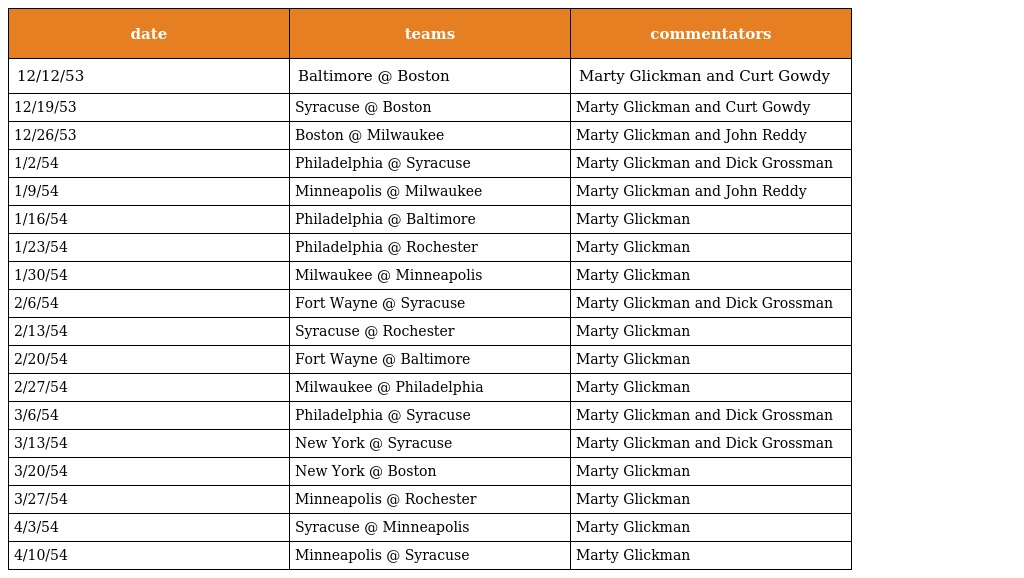
| date | teams | commentators |
 | --- | --- | --- |
 | 12/12/53 | Baltimore @ Boston | Marty Glickman and Curt Gowdy |
 | 12/19/53 | Syracuse @ Boston | Marty Glickman and Curt Gowdy |
 | 12/26/53 | Boston @ Milwaukee | Marty Glickman and John Reddy |
 | 1/2/54 | Philadelphia @ Syracuse | Marty Glickman and Dick Grossman |
 | 1/9/54 | Minneapolis @ Milwaukee | Marty Glickman and John Reddy |
 | 1/16/54 | Philadelphia @ Baltimore | Marty Glickman |
 | 1/23/54 | Philadelphia @ Rochester | Marty Glickman |
 | 1/30/54 | Milwaukee @ Minneapolis | Marty Glickman |
 | 2/6/54 | Fort Wayne @ Syracuse | Marty Glickman and Dick Grossman |
 | 2/13/54 | Syracuse @ Rochester | Marty Glickman |
 | 2/20/54 | Fort Wayne @ Baltimore | Marty Glickman |
 | 2/27/54 | Milwaukee @ Philadelphia | Marty Glickman |
 | 3/6/54 | Philadelphia @ Syracuse | Marty Glickman and Dick Grossman |
 | 3/13/54 | New York @ Syracuse | Marty Glickman and Dick Grossman |
 | 3/20/54 | New York @ Boston | Marty Glickman |
 | 3/27/54 | Minneapolis @ Rochester | Marty Glickman |
 | 4/3/54 | Syracuse @ Minneapolis | Marty Glickman |
 | 4/10/54 | Minneapolis @ Syracuse | Marty Glickman |